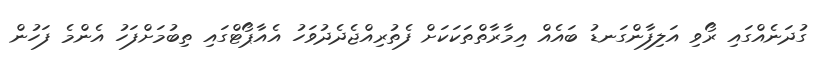
ގުދަނެއްގައި ރޯވި އަލިފާންގަނޑު ބައެއް އިމާރާތްތަކަކަށް ފެތުރިއްޖެދެދުވަހު އެއާޕޯޓްގައި ތިބުމަށްފަހު އެންމެ ފަހުން